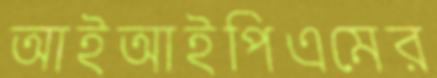
আইআইপিএমের